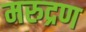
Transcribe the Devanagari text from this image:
मरुद्रण